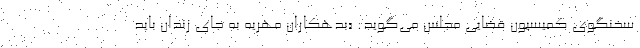
سخنگوی کمیسیون قضایی مجلس می‌گوید: «بدهکاران مهریه به جای زندان باید